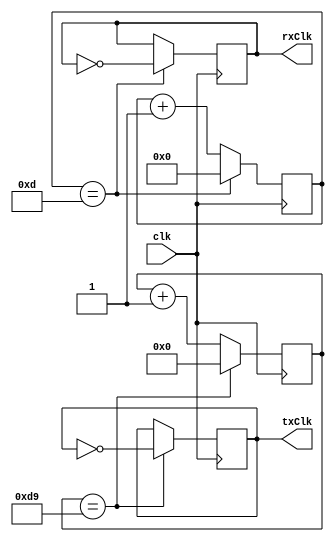
/* This is taken from online https://github.com/hell03end/verilog-uart/blob/master/uart/BaudRateGenerator.v */
module BaudRateGenerator  #(
    parameter CLOCK_RATE = 50000000, // board internal clock (def == 50Mhz)
    parameter BAUD_RATE = 115200
)(
    input wire clk, // board clock
    output reg rxClk, // baud rate for rx
    output reg txClk // baud rate for tx
);
parameter MAX_RATE_RX = CLOCK_RATE / (2 * BAUD_RATE * 16); // 16x oversample
parameter MAX_RATE_TX = CLOCK_RATE / (2 * BAUD_RATE);
parameter RX_CNT_WIDTH = $clog2(MAX_RATE_RX);
parameter TX_CNT_WIDTH = $clog2(MAX_RATE_TX);

reg [RX_CNT_WIDTH - 1:0] rxCounter = 0;
reg [TX_CNT_WIDTH - 1:0] txCounter = 0;

initial begin
    rxClk = 1'b0;
    txClk = 1'b0;
end

always @(posedge clk) begin
    // rx clock
    if (rxCounter == MAX_RATE_RX[RX_CNT_WIDTH-1:0]) begin
        rxCounter <= 0;
        rxClk <= ~rxClk;
    end else begin
        rxCounter <= rxCounter + 1'b1;
    end
    // tx clock
    if (txCounter == MAX_RATE_TX[TX_CNT_WIDTH-1:0]) begin
        txCounter <= 0;
        txClk <= ~txClk;
    end else begin
        txCounter <= txCounter + 1'b1;
    end
end

endmodule